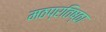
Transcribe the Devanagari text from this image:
मठप्रतिष्ठा